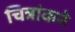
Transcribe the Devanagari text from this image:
चित्रांकने